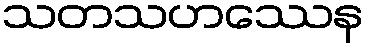
သတသဟဿေန